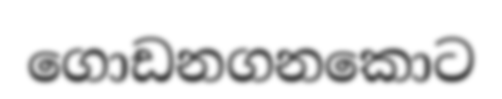
ගොඩනගනකොට